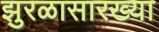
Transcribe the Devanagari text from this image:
झुरळासारख्या